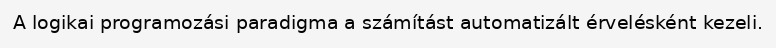
A logikai programozási paradigma a számítást automatizált érvelésként kezeli.